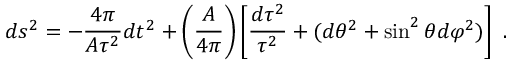
d s ^ { 2 } = - { \frac { 4 \pi } { A \tau ^ { 2 } } } d t ^ { 2 } + \left( { \frac { A } { 4 \pi } } \right) \left[ { \frac { d \tau ^ { 2 } } { \tau ^ { 2 } } } + ( d \theta ^ { 2 } + \sin ^ { 2 } \theta d \varphi ^ { 2 } ) \right] \ .